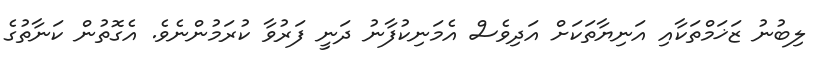
ލިބުނު ޒަޚަމްތަކާއި އަނިޔާތަކަށް އަދިވެސް އެމަނިކުފާނު ދަނީ ފަރުވާ ކުރަމުންނެވެ. އެގޮތުން ކަނާތުގެ